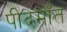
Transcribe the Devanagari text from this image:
पीदमाँत